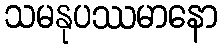
သမနုပဿမာနော